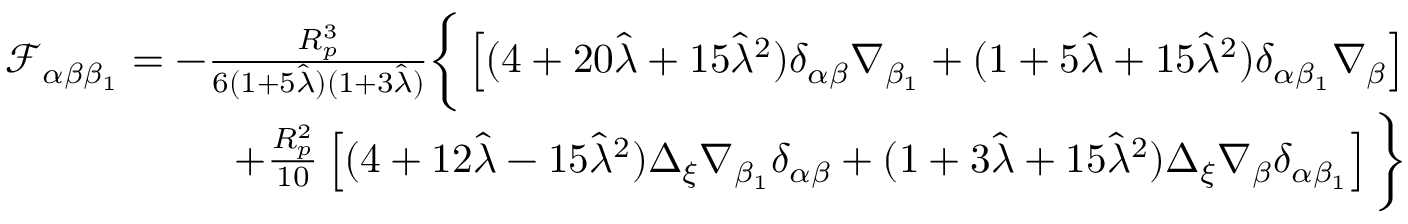
\begin{array} { r l r } & { } & { \mathcal { F } _ { \alpha \beta \beta _ { 1 } } = - \frac { R _ { p } ^ { 3 } } { 6 ( 1 + 5 \hat { \lambda } ) ( 1 + 3 \hat { \lambda } ) } \bigg \{ \left[ ( 4 + 2 0 \hat { \lambda } + 1 5 \hat { \lambda } ^ { 2 } ) \delta _ { \alpha \beta } \nabla _ { \beta _ { 1 } } + ( 1 + 5 \hat { \lambda } + 1 5 \hat { \lambda } ^ { 2 } ) \delta _ { \alpha \beta _ { 1 } } \nabla _ { \beta } \right] } \\ & { } & { + \frac { R _ { p } ^ { 2 } } { 1 0 } \left[ ( 4 + 1 2 \hat { \lambda } - 1 5 \hat { \lambda } ^ { 2 } ) \Delta _ { \xi } \nabla _ { \beta _ { 1 } } \delta _ { \alpha \beta } + ( 1 + 3 \hat { \lambda } + 1 5 \hat { \lambda } ^ { 2 } ) \Delta _ { { \xi } } \nabla _ { \beta } \delta _ { \alpha \beta _ { 1 } } \right] \bigg \} } \end{array}